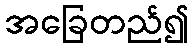
အခြေတည်၍